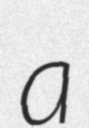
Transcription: a